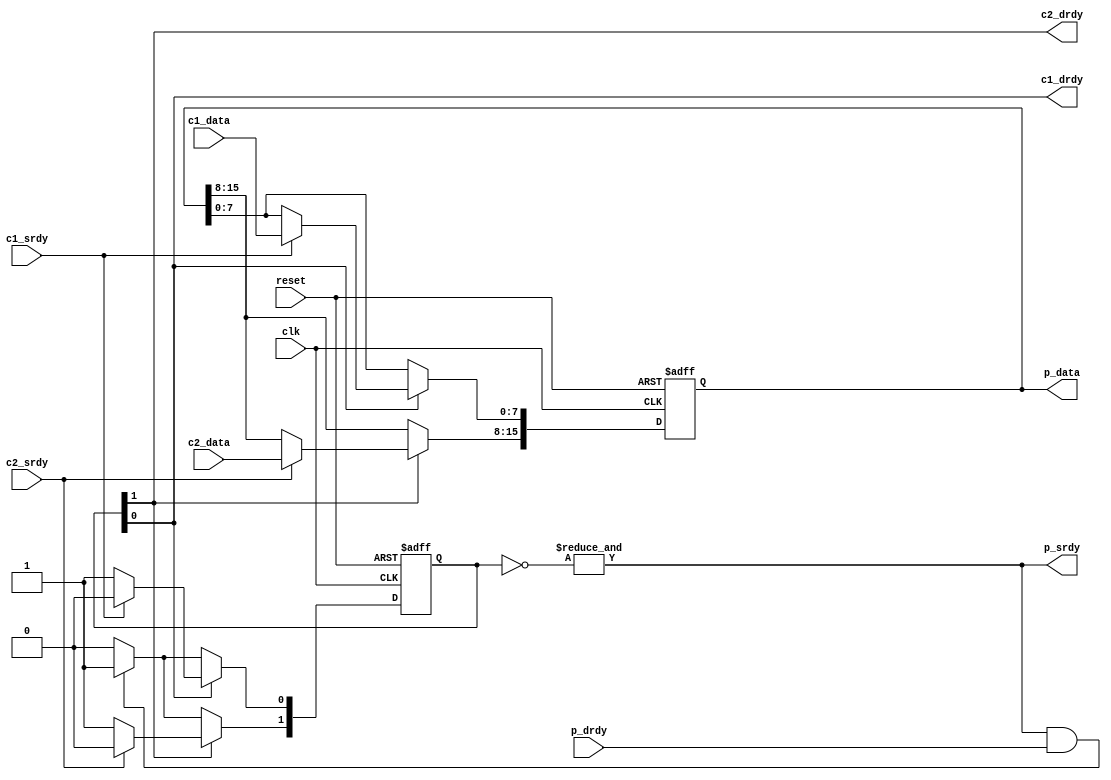
//----------------------------------------------------------------------
//  Srdy/drdy assymetric join
//
//  Performs assymetric join of 2 inputs by concatination.  Efficiency
//  of 0.5.
//
// Naming convention: c = consumer, p = producer, i = internal interface
//----------------------------------------------------------------------
//
// This block is uncopyrighted and released into the public domain.
//----------------------------------------------------------------------

// Clocking statement for synchronous blocks.  Default is for
// posedge clocking and positive async reset
`ifndef SDLIB_CLOCKING 
 `define SDLIB_CLOCKING posedge clk or posedge reset
`endif

// delay unit for nonblocking assigns, default is to #1
`ifndef SDLIB_DELAY 
 `define SDLIB_DELAY #1 
`endif

module sd_ajoin2
  #(parameter c1_width=8,
    parameter c2_width=8)
  (
   input              clk,
   input              reset,
  
   input              c1_srdy,
   output             c1_drdy,
   input [c1_width-1:0] c1_data,

   input              c2_srdy,
   output             c2_drdy,
   input [c2_width-1:0] c2_data,
  
   output             p_srdy,
  
   input              p_drdy,
   output reg [c1_width+c2_width-1:0] p_data
   );
  reg [c1_width+c2_width-1:0]    nxt_p_data;

  reg [1:0]          in_drdy, nxt_in_drdy;

  assign             {c2_drdy,c1_drdy} = in_drdy;

  always @*
    begin
      nxt_p_data = p_data;
      nxt_in_drdy = in_drdy;
      
      if (in_drdy[0])
        begin
          if (c1_srdy)
            begin
              nxt_in_drdy[0] = 0;
              nxt_p_data[c1_width-1:0] = c1_data;
            end
        end
      else if (p_srdy & p_drdy)
        nxt_in_drdy[0] = 1;

      if (in_drdy[1])
        begin
          if (c2_srdy)
            begin
              nxt_in_drdy[1] = 0;
              nxt_p_data[c2_width+c1_width-1:c1_width] = c2_data;
            end
        end
      else if (p_srdy & p_drdy)
        nxt_in_drdy[1] = 1;
    end
  
  always @(`SDLIB_CLOCKING)
    begin
      if (reset)
	begin
          in_drdy  <= `SDLIB_DELAY 2'b11;
	  p_data <= `SDLIB_DELAY 0;
	end
      else
	begin
          in_drdy  <= `SDLIB_DELAY nxt_in_drdy;
          p_data <= `SDLIB_DELAY nxt_p_data;
	end // else: !if(reset)
    end // always @ (posedge clk)

  assign p_srdy = & (~in_drdy);
	  
endmodule // it_output